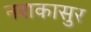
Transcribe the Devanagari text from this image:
नराकासुर